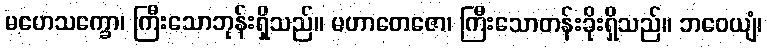
မဟေသက္ခော၊ ကြီးသောဘုန်းရှိသည်။ မဟာတေဇော၊ ကြီးသောတန်းခိုးရှိသည်။ ဘဝေယျံ၊